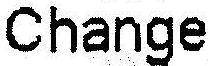
CHANGE